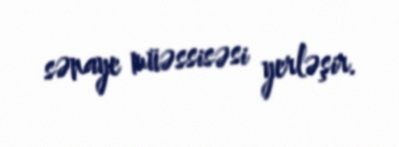
sənaye müəssisəsi yerləşir.